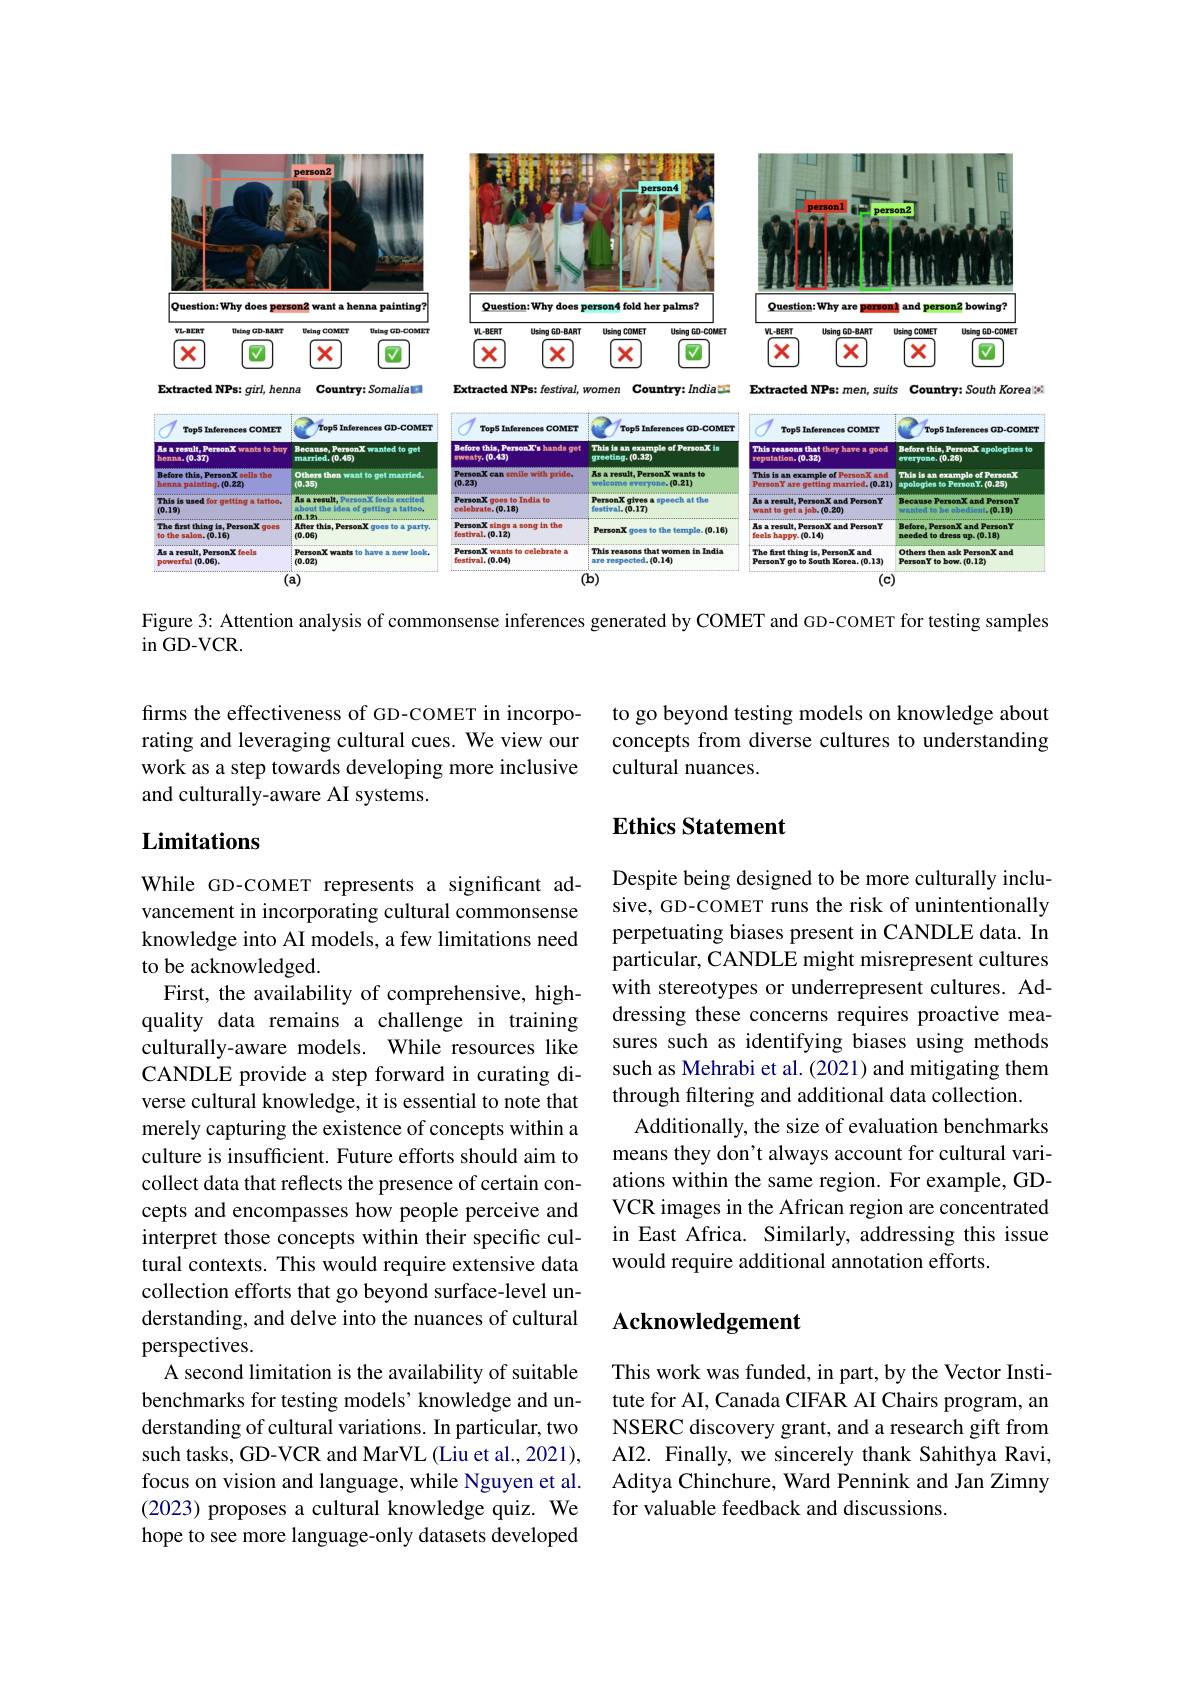
<FigureHere>

Figure 3: Attention analysis of commonsense inferences generated by COMET and GD-COMET for testing samples

$\operatorname{in}$GD-VCR.

to go beyond testing models on knowledge about concepts from diverse cultures to understanding cultural nuances.

firms the effectiveness of GD-COMET in incorporating and leveraging cultural cues. We view our work as a step towards developing more inclusive and culturally-aware AI systems.

## Ethics Statement

## Limitations

Despite being designed to be more culturally inclusive, GD-COMET runs the risk of unintentionally perpetuating biases present in CANDLE data. In particular, CANDLE might misrepresent cultures with stereotypes or underrepresent cultures. Addressing these concerns requires proactive measures such as identifying biases using methods such as Mehrabi et al. (2021) and mitigating them through filtering and additional data collection.
Additionally, the size of evaluation benchmarks means they don't always account for cultural variations within the same region. For example, GDVCR images in the African region are concentrated in East Africa. Similarly, addressing this issue would require additional annotation efforts.

While GD-COMET represents a significant advancement in incorporating cultural commonsense knowledge into AI models, a few limitations need to be acknowledged.
First, the availability of comprehensive, highquality data remains a challenge in training culturally-aware models. While resources like CANDLE provide a step forward in curating diverse cultural knowledge, it is essential to note that merely capturing the existence of concepts within a culture is insufficient. Future efforts should aim to collect data that reflects the presence of certain concepts and encompasses how people perceive and interpret those concepts within their specific cultural contexts. This would require extensive data collection efforts that go beyond surface-level understanding, and delve into the nuances of cultural perspectives.
A second limitation is the availability of suitable benchmarks for testing models' knowledge and understanding of cultural variations. In particular, two such tasks, GD-VCR and MarVL (Liu et al., 2021), focus on vision and language, while Nguyen et al. (2023) proposes a cultural knowledge quiz. We hope to see more language-only datasets developed

### $\mathbf{Acknowledgement}$

This work was funded, in part, by the Vector Institute for AI, Canada CIFAR AI Chairs program, an NSERC discovery grant, and a research gift from AI2. Finally, we sincerely thank Sahithya Ravi, Aditya Chinchure, Ward Pennink and Jan Zimny for valuable feedback and discussions.